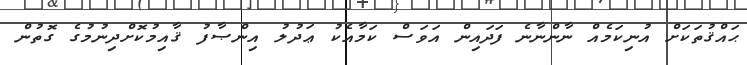
ޙައްޤުތަކަށް އުނިކަމެއް ނާންނާނެ ފަދައިން އަވަސް ކަމާއެކު ޢަދުލު އިންޞާފު ޤާއިމުކޮށްދިނުމުގެ ގޮތުން